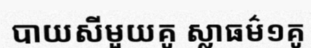
បាយសីមួយគូ ស្លាធម៌១គូ